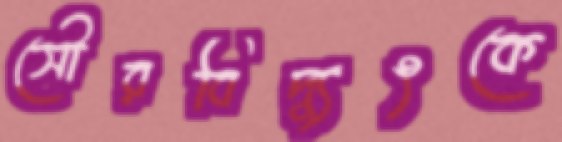
সৌরবিদ্যুৎকে